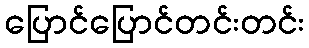
ပြောင်ပြောင်တင်းတင်း